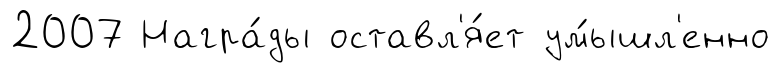
2007 Награ́ды оставл'я́ет ум́ышл'енно